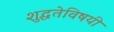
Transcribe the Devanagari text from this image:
शुद्धतेविषयी